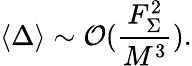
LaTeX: \langle\Delta\rangle\sim{\cal O}(\frac{F_{\Sigma}^{2}}{M^{3}}).